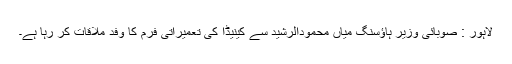
لاہور : صوبائی وزیر ہاؤسنگ میاں محمودالرشید سے کینیڈا کی تعمیراتی فرم کا وفد ملاقات کر رہا ہے۔